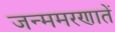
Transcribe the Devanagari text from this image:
जन्ममरणातें